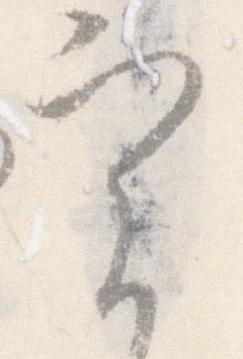
実